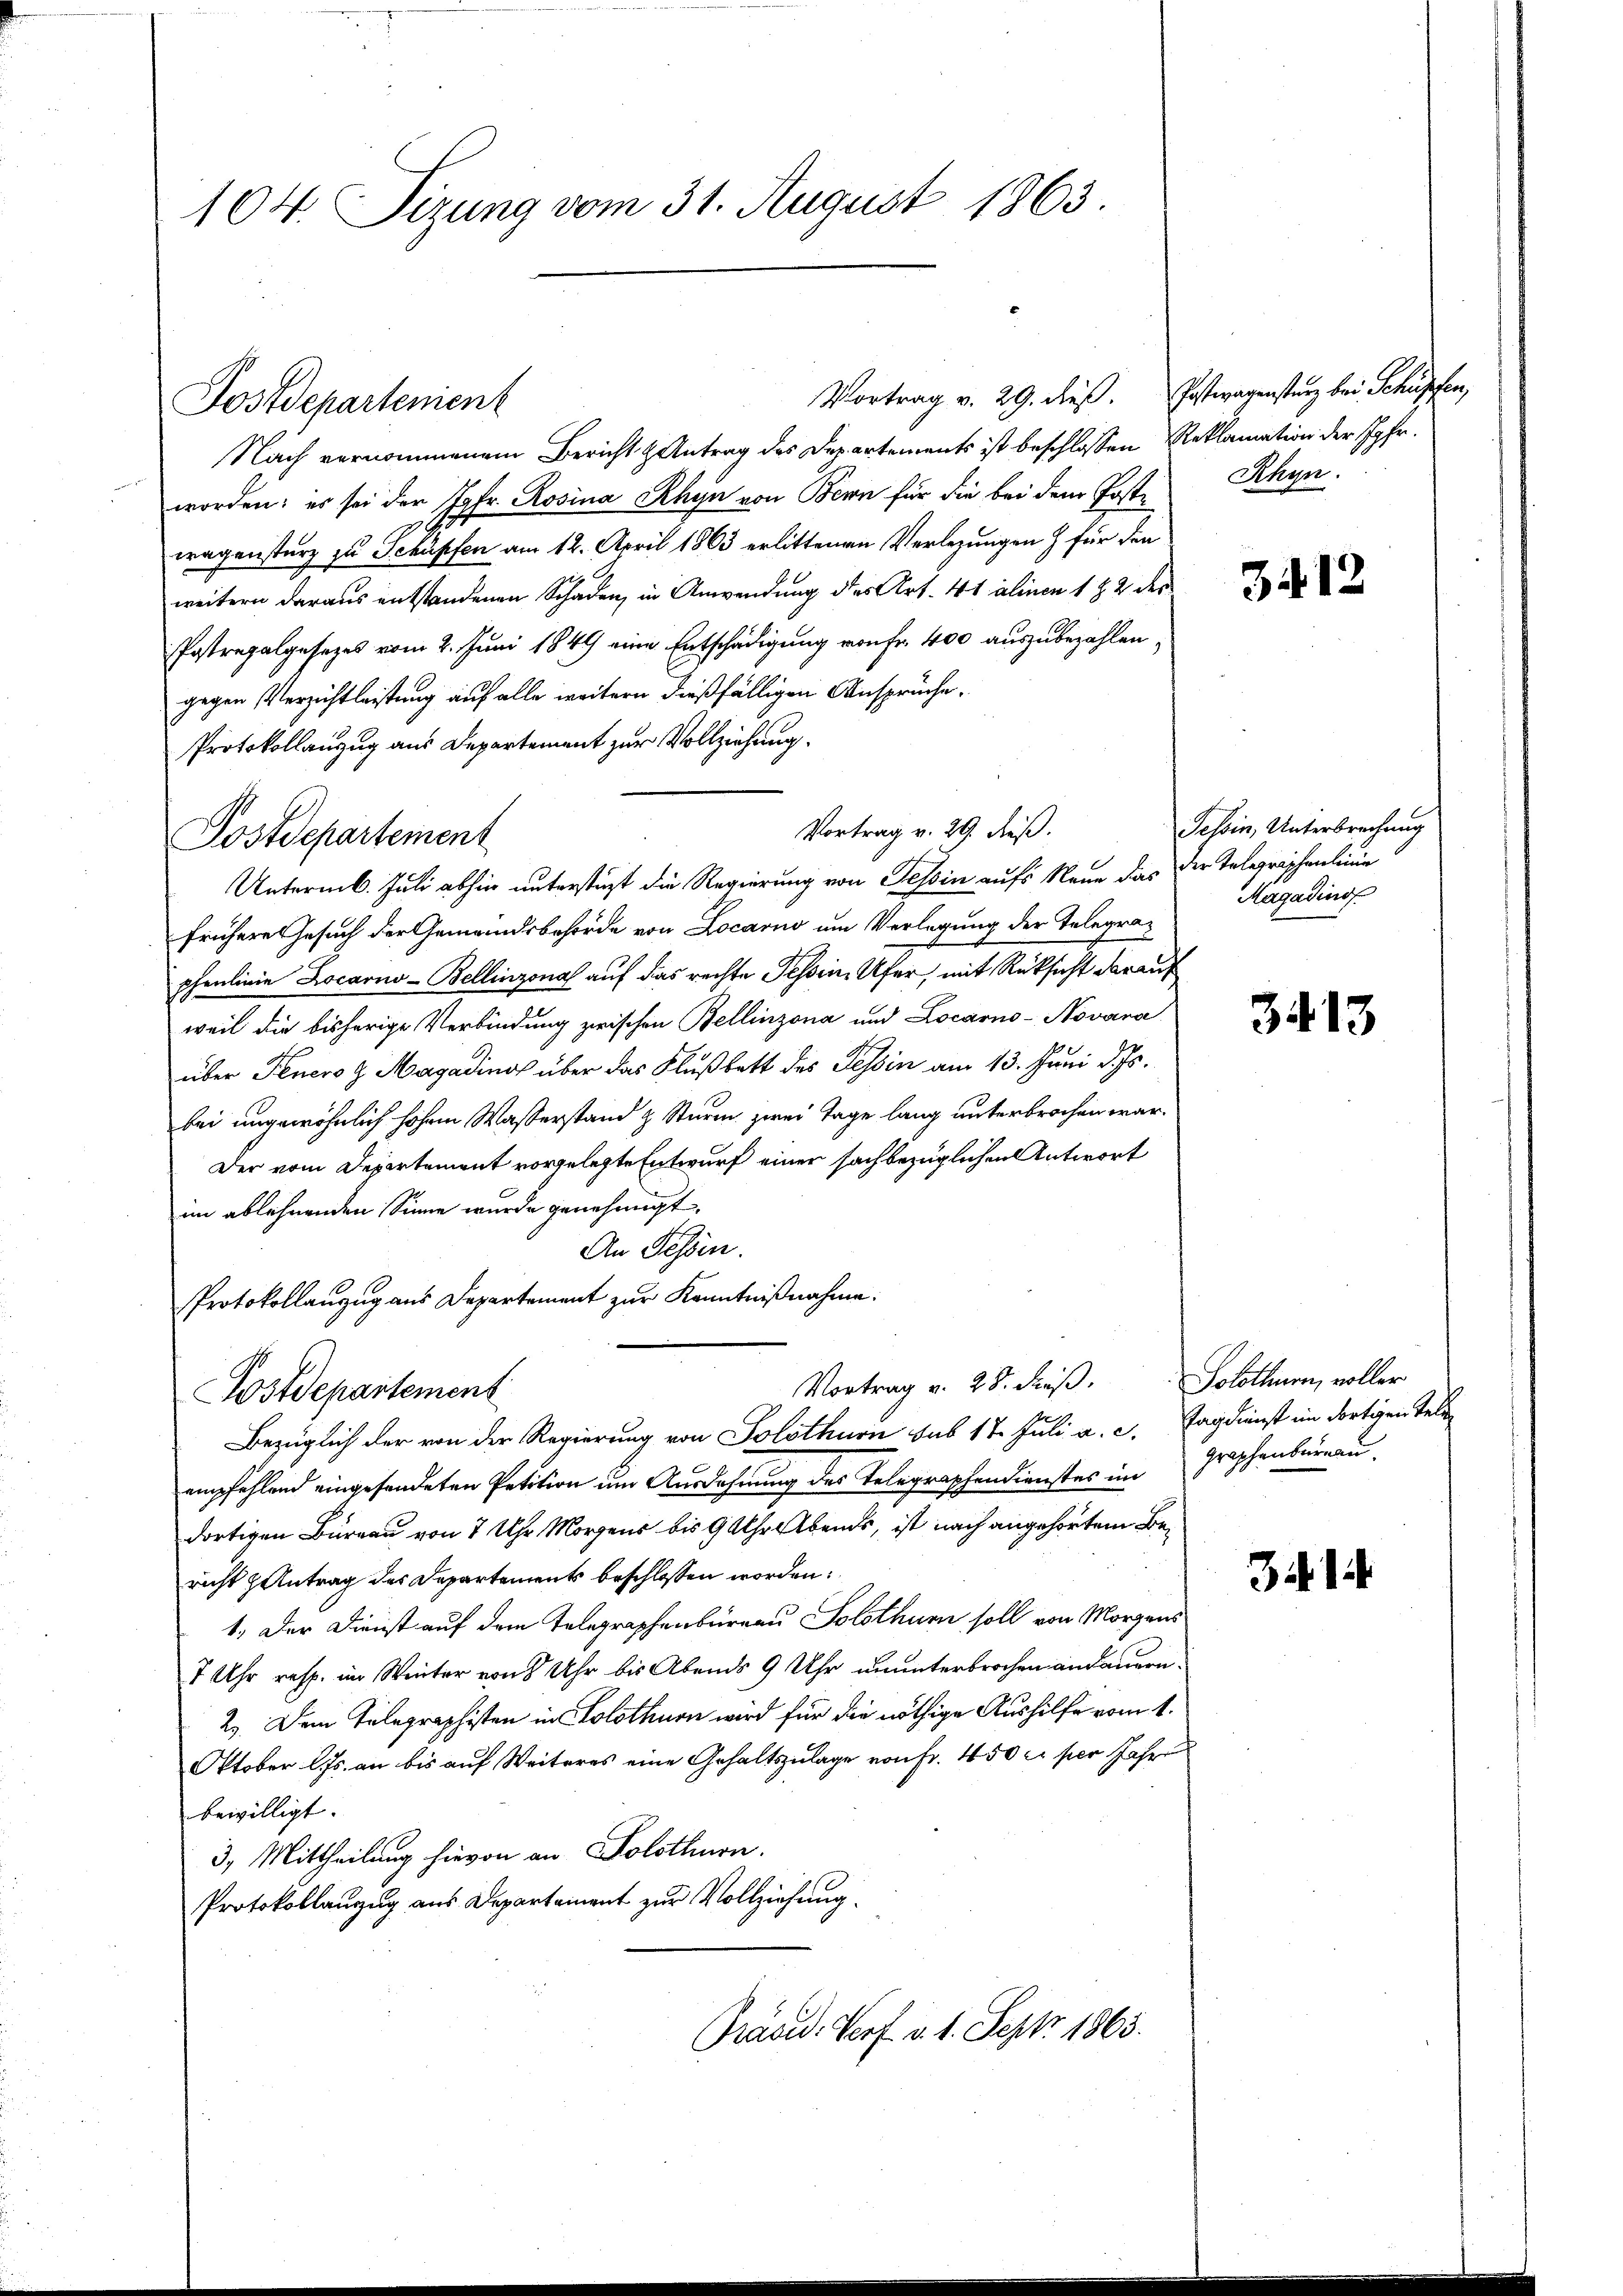
104. Sizung vom 31. August 1863.

Postdepartenient

Nach vernommenem Bericht & Antrag des Departements ist beschlossen Reklamation der Jgfr.
worden; es sei der Jgfr. Rosina Rhyn von Bern für die bei dem Postwagensturz zu Schüpfen am 12. April 1863 erlittenen Verlegungen & für den
weitern daraus entstandenen Schaden, in Anwendung des Art. 41 alinen 1 § 2 des
Postregalgesezes vom 2. Juni 1849 eine Entschädigung von fr. 400 auszubezahlen,
gegen Verzichtleistung auf alle weitern dießfälligen Ansprüche,
Protokollanzug aus Departement zur Vollziehung.
frühere Gesuch der Gemeindsbehörde von Locarno um Verlegung der Telegraphenlinie Locarno-Bellinzona auf das rechte Tessin, Ufer, mit Rüksicht darauf
weil die bisherige Verbindung zwischen Bellinzona und Locarno-Novara
über Teners H. Magadings über das Flußbett des Tessin am 13. Juni d. Js.
bei ungewöhnlich hohem Wasserstand & Sturm zwei Tage lang unterbrochen war.
Der vom Departement vorgelegte Entwurf einer sachbezüglichen Antwort
im ablehnenden Sinne wurde genehmigt.
An Fessen.
Protokollanzug aus Departement zur Kenntnißnahme:
Vortrag v. 28. Fuß. Solothurn, voller
Tostdepartement
Bezüglich der von der Regierung von Solothurn sub 17 Juli a. c. Tagdienst im dortigen Seli
empfehlend eingefandeten Petition um Ausdehnung des Telegraphendienstes im
dortigen Büreau von 7 Uhr Morgens bis 9 Uhr Abends, ist nach angehörtem Bericht antrag des Departements beschlossen worden:
1. Der Dienst auf dem Telegraphenbureau Solothurn soll von Morgens
7 Uhr resp. im Winter von 8 Uhr bis Abends 9 Uhr ununterbrochen andauern.
2). Dem Telegraphisten in Solothurn wird für die nöthige Aushilfe vom 1.
Oktober l. Js. an bis auf Weiteres eine Gehaltszulage von Fr. 450 c. per Jahr
bewilligt.
3. Mittheilung hievon an Solothurn.
Protokollanzug aus Departement zur Vollziehung.
Präsid. Porf. v. 1. Sept 1863.

Vortrag v. 29. dieß.
Postdepartement
Unterm 6. Juli abhin unterstüzt die Regierung von Tessin aufs Neue das der Telegraphenlinie

Vortrag v. 29. dieß. Postwagenstanz bei Schüpfen,

Rhyn.

3.12

Tessin, Unterbrechung
Magadinos

3413

graphenbureau.

34. 1